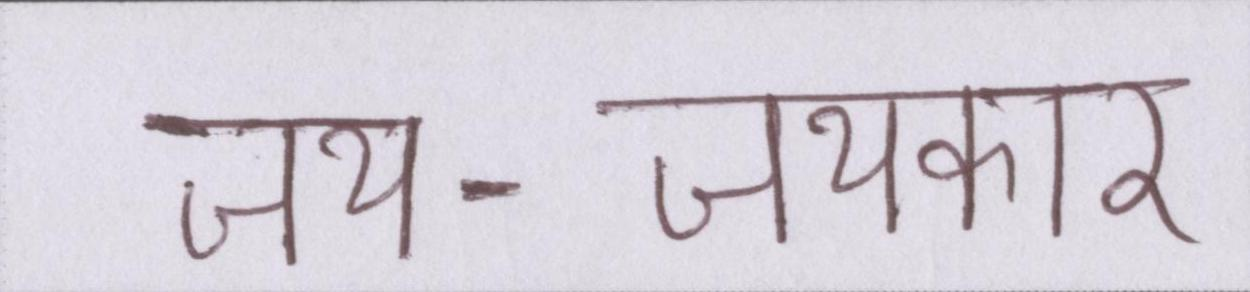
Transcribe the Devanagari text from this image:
जय-जयकार